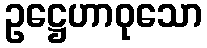
ဥဋ္ဌေဟာဝုသော